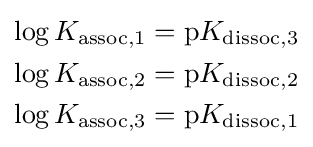
{\begin{aligned}\log K_{{\text{assoc}},1}&=\mathrm {p} K_{{\text{dissoc}},3}\\\log K_{{\text{assoc}},2}&=\mathrm {p} K_{{\text{dissoc}},2}\\\log K_{{\text{assoc}},3}&=\mathrm {p} K_{{\text{dissoc}},1}\end{aligned}}